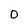
Character: 0